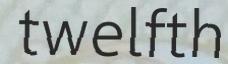
twelfth